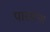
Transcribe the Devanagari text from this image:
पारसन्स